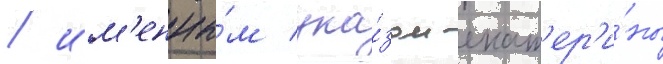
/ им'енны́м ука́зом екат'ер'и́ны